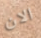
الان